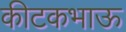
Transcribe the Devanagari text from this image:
कीटकभाऊ